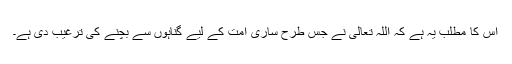
اس کا مطلب یہ ہے کہ اللہ تعالیٰ نے جس طرح ساری امت کے لیے گناہوں سے بچنے کی ترغیب دی ہے۔